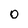
Character: 0